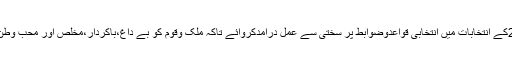
الیکشن کمیشن 2018کے انتخابات میں انتخابی قواعدوضوابط پر سختی سے عمل درآمدکروائے تاکہ ملک وقوم کو بے داغ،باکردار،مخلص اور محب وطن قیادت میسر آسکے۔